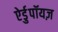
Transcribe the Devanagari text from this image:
ऐर्डुपॉयज़